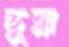
ছুব্‌লা